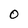
Character: 0